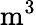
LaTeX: \mathrm{m^{3}}